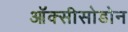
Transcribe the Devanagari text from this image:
ऑक्सीसोडोन